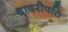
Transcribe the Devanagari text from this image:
दादरीपति